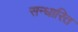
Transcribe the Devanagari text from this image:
सन्धारित